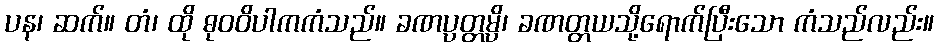
ပန၊ ဆက်။ တံ၊ ထို ဓုဝဝိပါကကံသည်။ ခဏပ္ပတ္တမ္ပိ၊ ခဏတ္တယသို့ရောက်ပြီးသော ကံသည်လည်း။